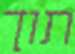
תוך